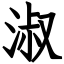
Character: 淑